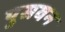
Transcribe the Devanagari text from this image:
पुसवन